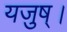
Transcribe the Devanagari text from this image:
यजुष्।